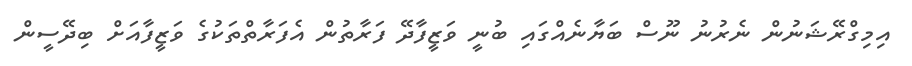
އިމިގްރޭޝަނުން ނެރުނު ނޫސް ބަޔާނެއްގައި ބުނީ ވަޒީފާދޭ ފަރާތުން އެފަރާތްތަކުގެ ވަޒީފާއަށް ބިދޭސީން